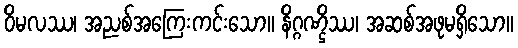
ဝိမလဿ၊ အညစ်အကြေးကင်းသော။ နိဂ္ဂဏ္ဌိဿ၊ အဆစ်အဖုမရှိသော။